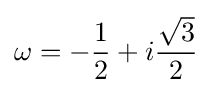
\omega =-{\frac {1}{2}}+i{\frac {\sqrt {3}}{2}}